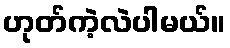
ဟုတ်ကဲ့လဲပါမယ်။